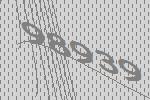
98939